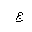
Letter: _gim